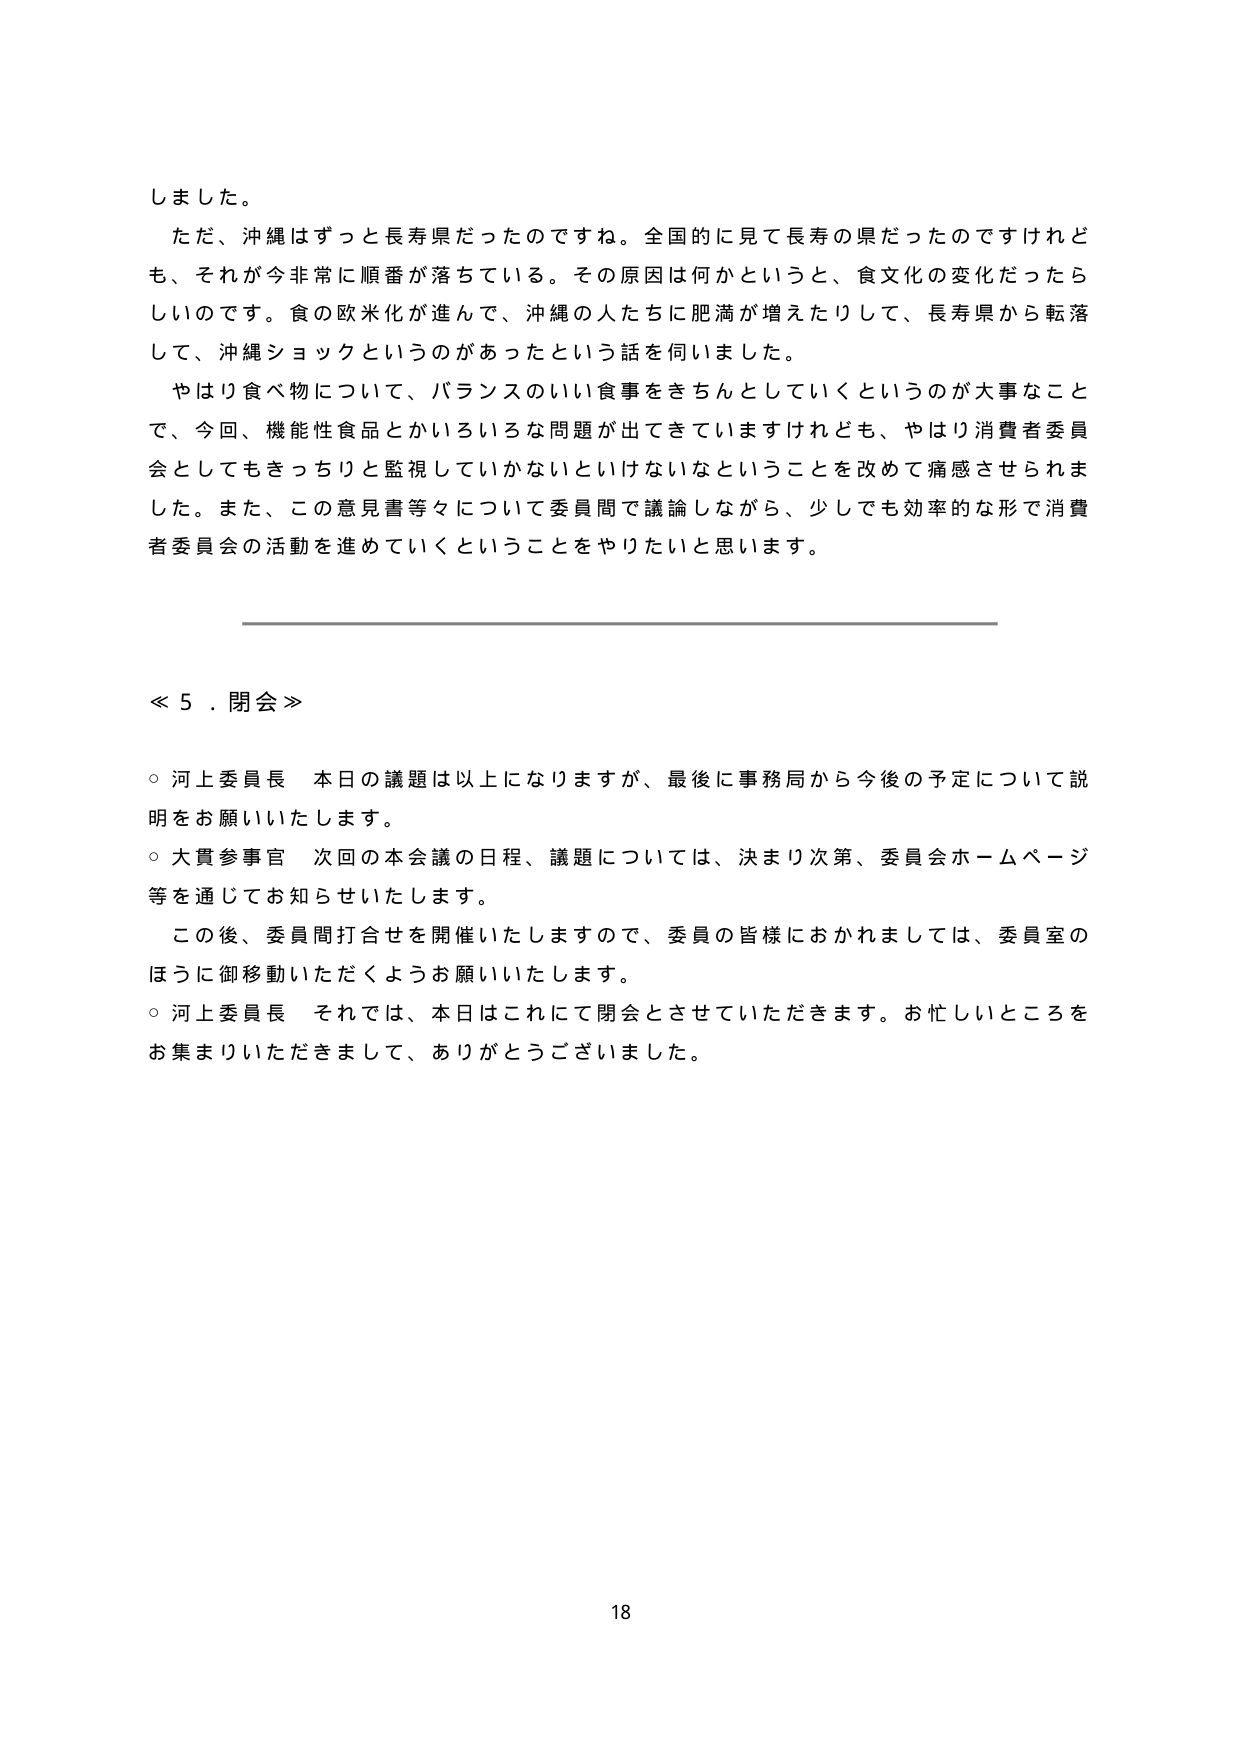
しました。

ただ、沖縄はずっと長寿県だったのですね。全国的に見て長寿の県だったのですけれども、それが今非常に順番が落ちている。その原因は何かというと、食文化の変化だったらしいのです。食の欧米化が進んで、沖縄の人たちに肥満が増えたりして、長寿県から転落して、沖縄ショックというのがあったという話を伺いました。

やはり食べ物について、バランスのいい食事をきちんとしていくというのが大事なことで、今回、機能性食品とかいろいろな問題が出てきていますけれども、やはり消費者委員会としてもきっちりと監視していかないといけないなということを改めて痛感させられました。また、この意見書等々について委員間で議論しながら、少しでも効率的な形で消費者委員会の活動を進めていくということをやりたいと思います。

≪ 5．閉会 ≫

○ 河上委員長 本日の議題は以上になりますが、最後に事務局から今後の予定について説明をお願いいたします。

○ 大貫参事官 次回の本会議の日程、議題については、決まり次第、委員会ホームページ等を通じてお知らせいたします。

この後、委員間打合せを開催いたしますので、委員の皆様におかれましては、委員室のほうに御移動いただくようお願いいたします。

○ 河上委員長 それでは、本日はこれにて閉会とさせていただきます。お忙しいところをお集まりいただきまして、ありがとうございました。

18